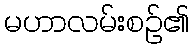
မဟာလမ်းစဉ်၏